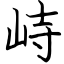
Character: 峙